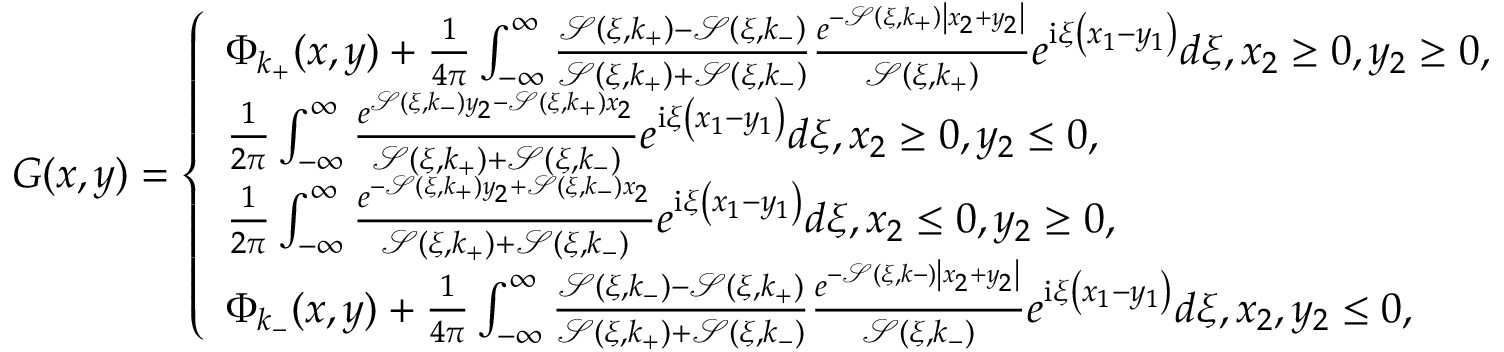
G ( x , y ) = \left\{ \begin{array} { l l } { \Phi _ { k _ { + } } ( x , y ) + \frac { 1 } { 4 \pi } \int _ { - \infty } ^ { \infty } \frac { \mathcal { S } \left( \xi , k _ { + } \right) - \mathcal { S } \left( \xi , k _ { - } \right) } { \mathcal { S } \left( \xi , k _ { + } \right) + \mathcal { S } \left( \xi , k _ { - } \right) } \frac { e ^ { - \mathcal { S } \left( \xi , k _ { + } \right) \left| x _ { 2 } + y _ { 2 } \right| } } { \mathcal { S } \left( \xi , k _ { + } \right) } e ^ { \mathrm { i } \xi \left( x _ { 1 } - y _ { 1 } \right) } d \xi , x _ { 2 } \geq 0 , y _ { 2 } \geq 0 , } \\ { \frac { 1 } { 2 \pi } \int _ { - \infty } ^ { \infty } \frac { e ^ { \mathcal { S } \left( \xi , k _ { - } \right) y _ { 2 } - \mathcal { S } \left( \xi , k _ { + } \right) x _ { 2 } } } { \mathcal { S } \left( \xi , k _ { + } \right) + \mathcal { S } \left( \xi , k _ { - } \right) } e ^ { \mathrm { i } \xi \left( x _ { 1 } - y _ { 1 } \right) } d \xi , x _ { 2 } \geq 0 , y _ { 2 } \leq 0 , } \\ { \frac { 1 } { 2 \pi } \int _ { - \infty } ^ { \infty } \frac { e ^ { - \mathcal { S } \left( \xi , k _ { + } \right) y _ { 2 } + \mathcal { S } \left( \xi , k _ { - } \right) x _ { 2 } } } { \mathcal { S } \left( \xi , k _ { + } \right) + \mathcal { S } \left( \xi , k _ { - } \right) } e ^ { \mathrm { i } \xi \left( x _ { 1 } - y _ { 1 } \right) } d \xi , x _ { 2 } \leq 0 , y _ { 2 } \geq 0 , } \\ { \Phi _ { k _ { - } } ( x , y ) + \frac { 1 } { 4 \pi } \int _ { - \infty } ^ { \infty } \frac { \mathcal { S } \left( \xi , k _ { - } \right) - \mathcal { S } \left( \xi , k _ { + } \right) } { \mathcal { S } \left( \xi , k _ { + } \right) + \mathcal { S } \left( \xi , k _ { - } \right) } \frac { e ^ { - \mathcal { S } ( \xi , k - ) \left| x _ { 2 } + y _ { 2 } \right| } } { \mathcal { S } \left( \xi , k _ { - } \right) } e ^ { \mathrm { i } \xi \left( x _ { 1 } - y _ { 1 } \right) } d \xi , x _ { 2 } , y _ { 2 } \leq 0 , } \end{array} \right.